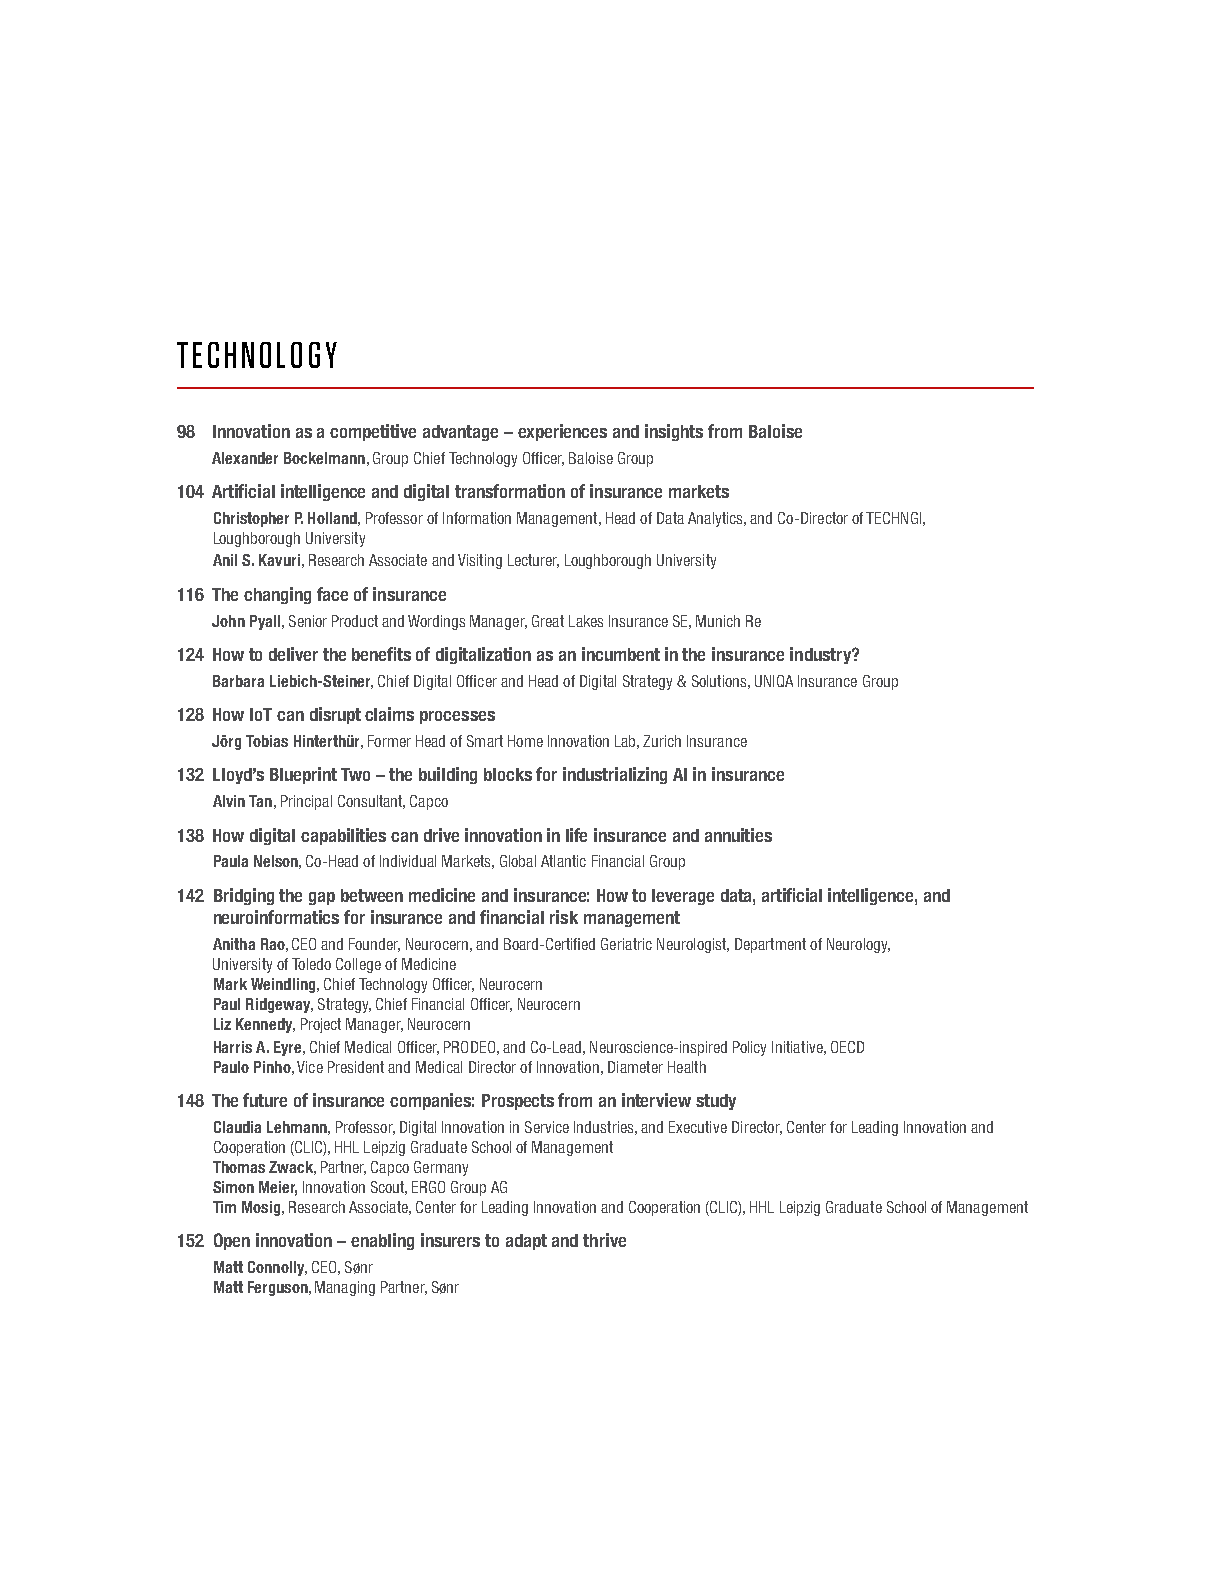
TECHNOLOGY
 98 Innovation as a competitive advantage – experiences and insights from Baloise
 Alexander Bockelmann, Group Chief Technology Offi cer, Baloise Group
 104 Artifi cial intelligence and digital transformation of insurance markets
 Christopher P. Holland, Professor of Information Management, Head of Data Analytics, and Co-Director of TECHNGI,
 Loughborough University
 Anil S. Kavuri, Research Associate and Visiting Lecturer, Loughborough University
 116 The changing face of insurance
 John Pyall, Senior Product and Wordings Manager, Great Lakes Insurance SE, Munich Re
 124 How to deliver the benefi ts of digitalization as an incumbent in the insurance industry?
 Barbara Liebich-Steiner, Chief Digital Offi cer and Head of Digital Strategy & Solutions, UNIQA Insurance Group
 128 How IoT can disrupt claims processes
 Jörg Tobias Hinterthür, Former Head of Smart Home Innovation Lab, Zurich Insurance
 132 Lloyd’s Blueprint Two – the building blocks for industrializing AI in insurance
 Alvin Tan, Principal Consultant, Capco
 138 How digital capabilities can drive innovation in life insurance and annuities
 Paula Nelson, Co-Head of Individual Markets, Global Atlantic Financial Group
 142 Bridging the gap between medicine and insurance: How to leverage data, artifi cial intelligence, and
 neuroinformatics for insurance and fi nancial risk management
 Anitha Rao, CEO and Founder, Neurocern, and Board-Certifi ed Geriatric Neurologist, Department of Neurology,
 University of Toledo College of Medicine
 Mark Weindling, Chief Technology Offi cer, Neurocern
 Paul Ridgeway, Strategy, Chief Financial Offi cer, Neurocern
 Liz Kennedy, Project Manager, Neurocern
 Harris A. Eyre, Chief Medical Offi cer, PRODEO, and Co-Lead, Neuroscience-inspired Policy Initiative, OECD
 Paulo Pinho, Vice President and Medical Director of Innovation, Diameter Health
 148 The future of insurance companies: Prospects from an interview study
 Claudia Lehmann, Professor, Digital Innovation in Service Industries, and Executive Director, Center for Leading Innovation and
 Cooperation (CLIC), HHL Leipzig Graduate School of Management
 Thomas Zwack, Partner, Capco Germany
 Simon Meier, Innovation Scout, ERGO Group AG
 Tim Mosig, Research Associate, Center for Leading Innovation and Cooperation (CLIC), HHL Leipzig Graduate School of Management
 152 Open innovation – enabling insurers to adapt and thrive
 Matt Connolly, CEO, Sønr
 Matt Ferguson, Managing Partner, Sønr